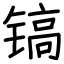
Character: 镐